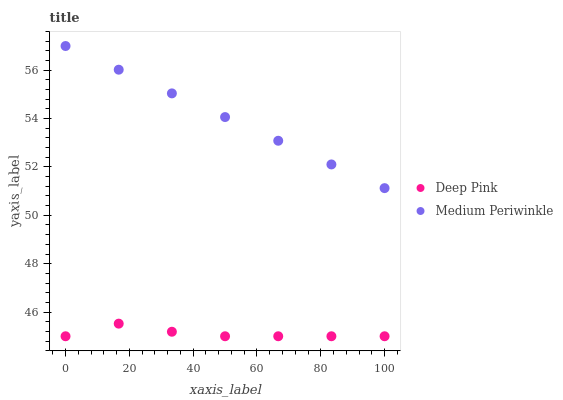
| xaxis_label | Deep Pink | Medium Periwinkle |
 | --- | --- | --- |
 | 0 | 45 | 57 |
 | 16.7 | 45.5 | 56 |
 | 33.3 | 45.2 | 55 |
 | 50 | 45 | 54.1 |
 | 66.7 | 45 | 53.1 |
 | 83.3 | 45 | 52.1 |
 | 100 | 45 | 51.1 |